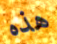
هذه